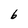
Character: 6